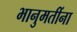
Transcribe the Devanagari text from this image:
भानुमतींना